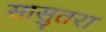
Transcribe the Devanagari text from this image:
सासुतरा